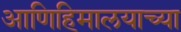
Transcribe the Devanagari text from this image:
आणिहिमालयाच्या